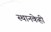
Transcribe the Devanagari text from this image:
स्थानकेही